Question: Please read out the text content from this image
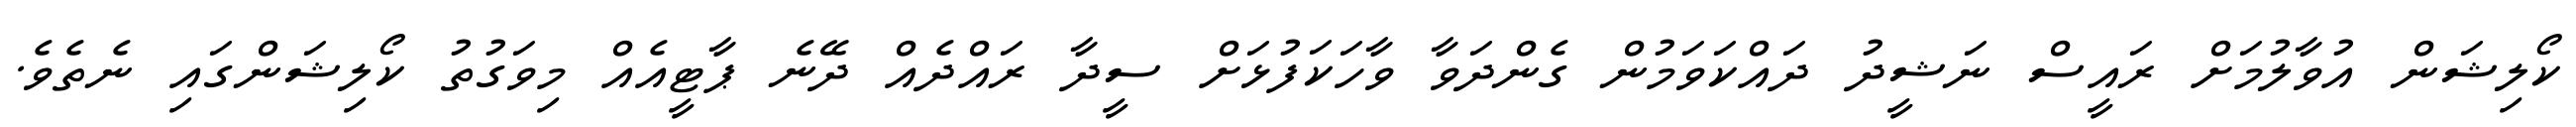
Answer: ކޯލިޝަން އުވާލުމަށް ރައީސް ނަޝީދު ދައްކަވަމުން ގެންދަވާ ވާހަކަފުޅަށް ސީދާ ރައްދެއް ދޭނެ ޕާޓީއެއް މިވަގުތު ކޯލިޝަންގައި ނެތެވެ.